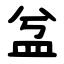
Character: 㿽